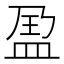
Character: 𱲑